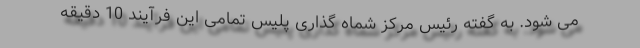
می شود. به گفته رئیس مرکز شماه گذاری پلیس تمامی این فرآیند 10 دقیقه